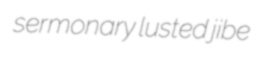
sermonary lusted jibe